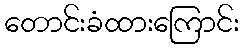
တောင်းခံထားကြောင်း